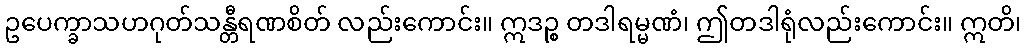
ဥပေက္ခာသဟဂုတ်သန္တီရဏစိတ် လည်းကောင်း။ ဣဒဉ္စ တဒါရမ္မဏံ၊ ဤတဒါရုံလည်းကောင်း။ ဣတိ၊